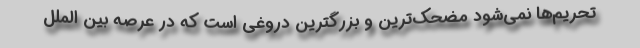
تحریم‌ها نمی‌شود مضحک‌ترین و بزرگترین دروغی است که در عرصه بین الملل